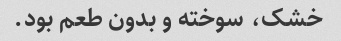
خشک، سوخته و بدون طعم بود.